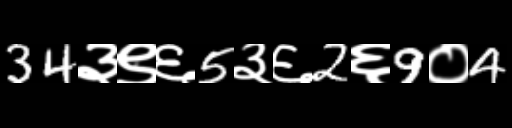
Text: 34३९६5३६2६9०4